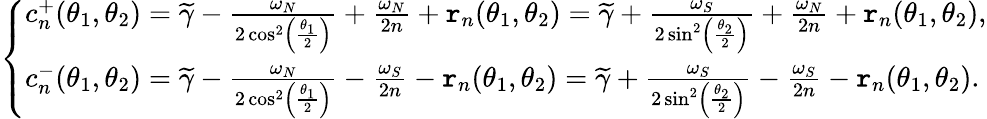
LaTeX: \left\{ \begin{array}{ll}{c_{n}^{+}(\theta_{1},\theta_{2})=\widetilde{\gamma}-\frac{\omega_{N}}{2\cos^{2}\left(\frac{\theta_{1}}{2}\right)}+\frac{\omega_{N}}{2n}+\mathtt{r}_{n}(\theta_{1},\theta_{2})=\widetilde{\gamma}+\frac{\omega_{S}}{2\sin^{2}\left(\frac{\theta_{2}}{2}\right)}+\frac{\omega_{N}}{2n}+\mathtt{r}_{n}(\theta_{1},\theta_{2}),}\\ {c_{n}^{-}(\theta_{1},\theta_{2})=\widetilde{\gamma}-\frac{\omega_{N}}{2\cos^{2}\left(\frac{\theta_{1}}{2}\right)}-\frac{\omega_{S}}{2n}-\mathtt{r}_{n}(\theta_{1},\theta_{2})=\widetilde{\gamma}+\frac{\omega_{S}}{2\sin^{2}\left(\frac{\theta_{2}}{2}\right)}-\frac{\omega_{S}}{2n}-\mathtt{r}_{n}(\theta_{1},\theta_{2}).}\end{array}\right.